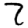
Digit: 7